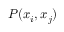
P ( x _ { i } , x _ { j } )